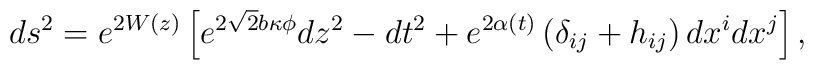
ds^{2} = e^{2 W(z)} \left[e^{2 \sqrt{2} b \kappa \phi}dz^2 - dt^{2} + e^{2 \alpha(t)}\left( \delta_{ij} + h_{ij}\right) dx^{i} dx^{j}\right],